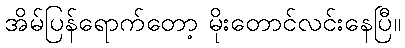
အိမ်ပြန်ရောက်တော့ မိုးတောင်လင်းနေပြီ။